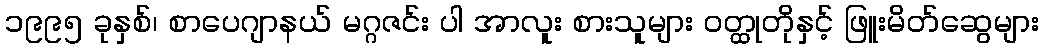
၁၉၉၅ ခုနှစ်၊ စာပေဂျာနယ် မဂ္ဂဇင်း ပါ အာလူး စားသူများ ဝတ္ထုတိုနှင့် ဖြူးမိတ်ဆွေများ